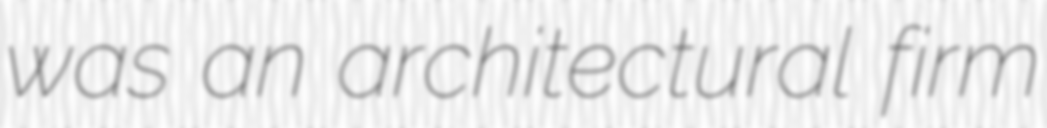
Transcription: was an architectural firm